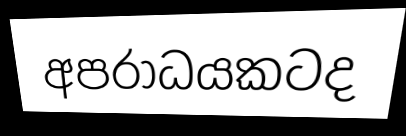
අපරාධයකටද